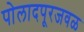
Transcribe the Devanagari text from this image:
पोलादपूरजवळ